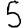
Digit: 5